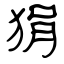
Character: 狷